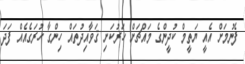
ފެނުމަށް އެއީ ޔަތީމް ކުދީންގެ މައްޗަށް ހަރުކަށި ޤަވާއިދުތައް ހިންގާ ހުރަގެއެއް ފަދަ